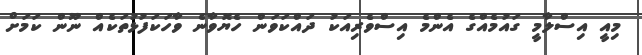
މިއީ އިސްލާމީ ގައުމެއްގެ އެންމެ އިސްވެރިއަކު ދައްކަވަން ހެޔޮވާނެ ވާހަކަފުޅުތަކެއް ނޫން ކަމަށް